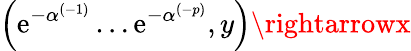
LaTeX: \left(\mathrm{e}^{-\alpha^{(-1)}}\ldots\mathrm{e}^{-\alpha^{(-p)}},y\right)\rightarrowx